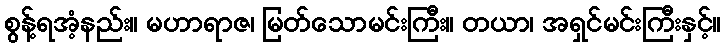
စွန့်ရအံ့နည်း။ မဟာရာဇ၊ မြတ်သောမင်းကြီး။ တယာ၊ အရှင်မင်းကြီးနှင့်။